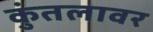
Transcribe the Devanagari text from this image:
कुंतलावर